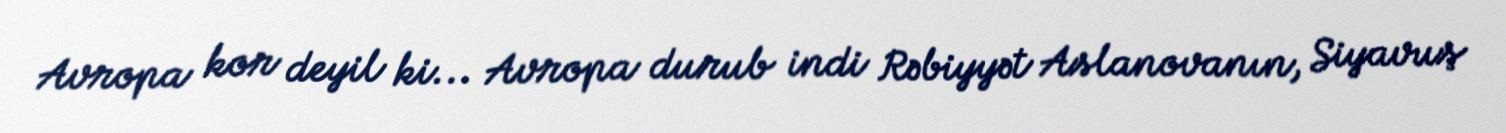
Avropa kor deyil ki... Avropa durub indi Rəbiyyət Aslanovanın, Siyavuş